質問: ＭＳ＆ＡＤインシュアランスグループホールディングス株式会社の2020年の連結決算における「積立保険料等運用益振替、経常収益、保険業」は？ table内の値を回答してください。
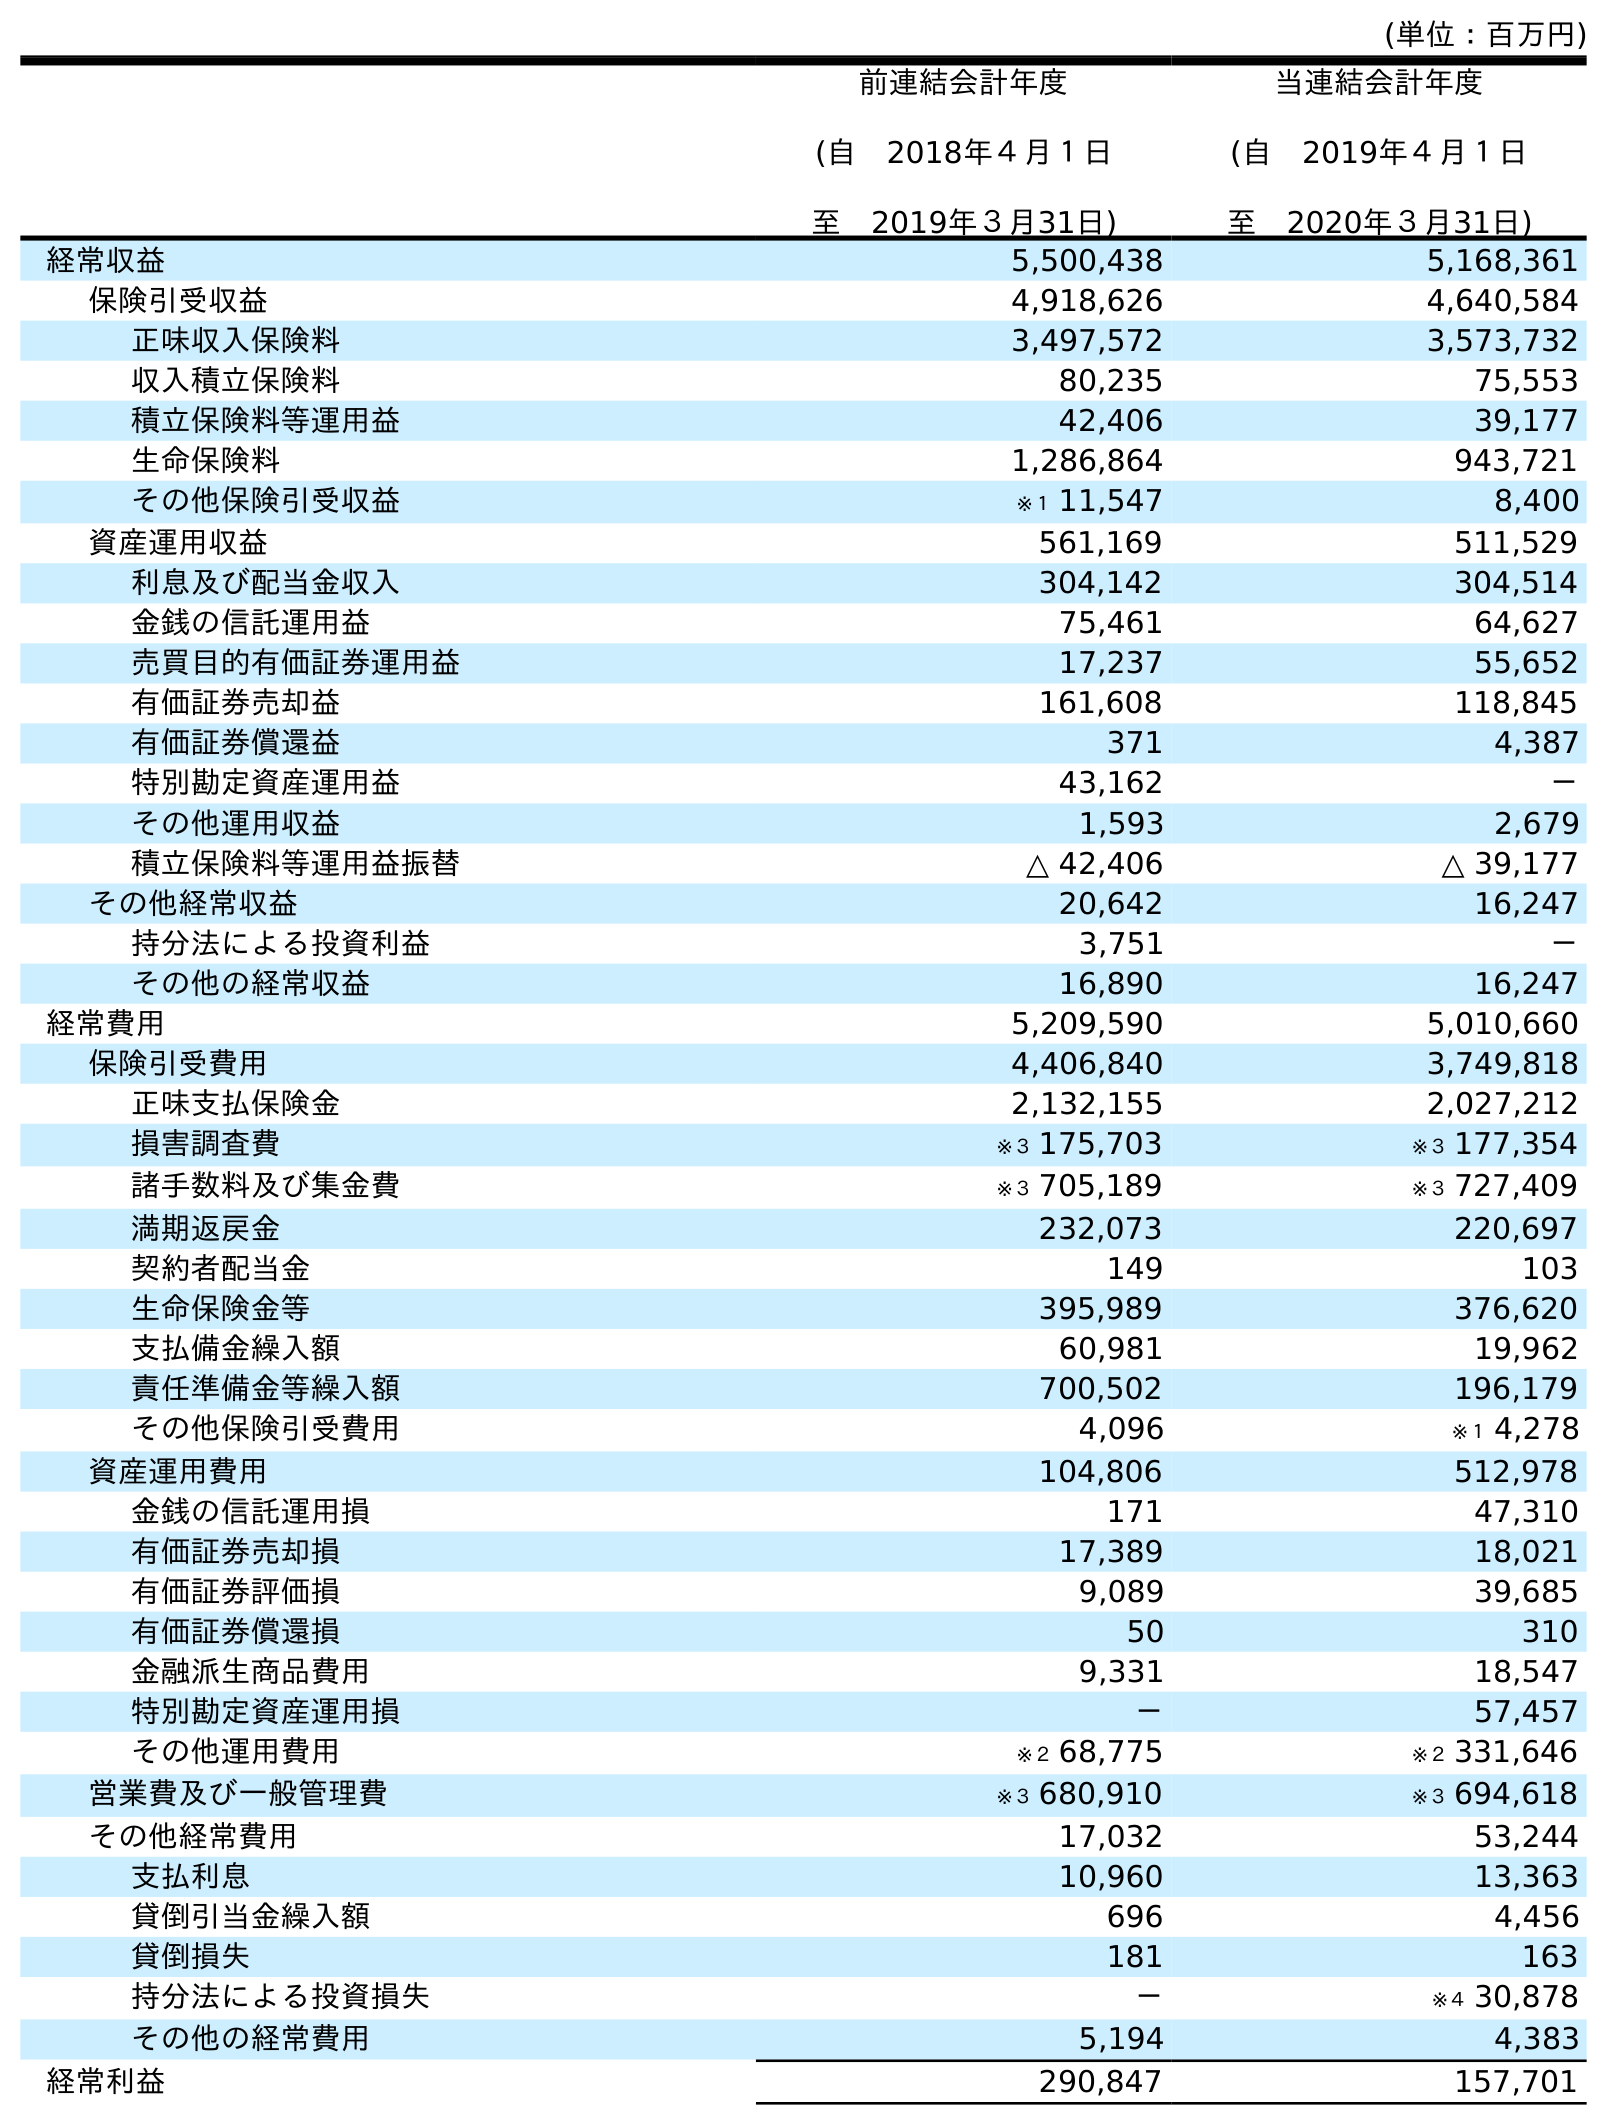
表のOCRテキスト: (単位：百万円) 前連結会計年度 (自 2018年４月１日 至 2019年３月31日) 当連結会計年度 (自 2019年４月１日 至 2020年３月31日) 経常収益 5,500,438 5,168,361 保険引受収益 4,918,626 4,640,584 正味収入保険料 3,497,572 3,573,732 収入積立保険料 80,235 75,553 積立保険料等運用益 42,406 39,177 生命保険料 1,286,864 943,721 その他保険引受収益 ※１ 11,547 8,400 資産運用収益 561,169 511,529 利息及び配当金収入 304,142 304,514 金銭の信託運用益 75,461 64,627 売買目的有価証券運用益 17,237 55,652 有価証券売却益 161,608 118,845 有価証券償還益 371 4,387 特別勘定資産運用益 43,162 － その他運用収益 1,593 2,679 積立保険料等運用益振替 △ 42,406 △ 39,177 その他経常収益 20,642 16,247 持分法による投資利益 3,751 － その他の経常収益 16,890 16,247 経常費用 5,209,590 5,010,660 保険引受費用 4,406,840 3,749,818 正味支払保険金 2,132,155 2,027,212 損害調査費 ※３ 175,703 ※３ 177,354 諸手数料及び集金費 ※３ 705,189 ※３ 727,409 満期返戻金 232,073 220,697 契約者配当金 149 103 生命保険金等 395,989 376,620 支払備金繰入額 60,981 19,962 責任準備金等繰入額 700,502 196,179 その他保険引受費用 4,096 ※１ 4,278 資産運用費用 104,806 512,978 金銭の信託運用損 171 47,310 有価証券売却損 17,389 18,021 有価証券評価損 9,089 39,685 有価証券償還損 50 310 金融派生商品費用 9,331 18,547 特別勘定資産運用損 － 57,457 その他運用費用 ※２ 68,775 ※２ 331,646 営業費及び一般管理費 ※３ 680,910 ※３ 694,618 その他経常費用 17,032 53,244 支払利息 10,960 13,363 貸倒引当金繰入額 696 4,456 貸倒損失 181 163 持分法による投資損失 － ※４ 30,878 その他の経常費用 5,194 4,383 経常利益 290,847 157,701
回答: △39,177